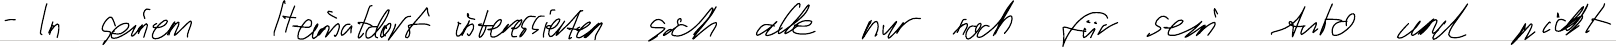
- In seinem Heimatdorf interessierten sich alle nur noch für sein Auto und nicht